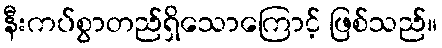
နီးကပ်စွာတည်ရှိသောကြောင့် ဖြစ်သည်။